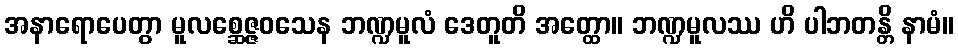
အနာရောပေတွာ မူလစ္ဆေဇ္ဇဝသေန ဘဏ္ဍမူလံ ဒေတူတိ အတ္ထော။ ဘဏ္ဍမူလဿ ဟိ ပါဘတန္တိ နာမံ။